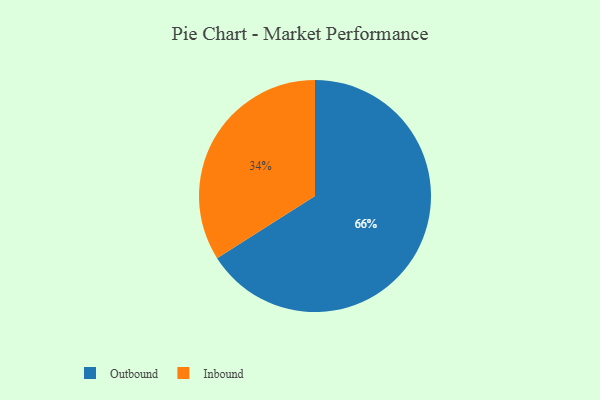
{"axis": {"x": "Category", "y": "Percentage"}, "legend": ["Inbound", "Outbound"], "data": [{"x": "Inbound", "y": 34, "type": "Inbound"}, {"x": "Outbound", "y": 66, "type": "Outbound"}]}